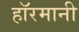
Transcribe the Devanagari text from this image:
हाॅरमानी